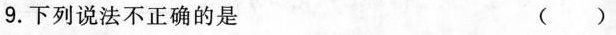
9.下列说法不正确的是 （ ）